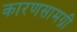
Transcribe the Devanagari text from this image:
कारणसामग्री